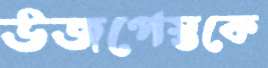
উজপেস্তকে